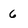
Character: 6